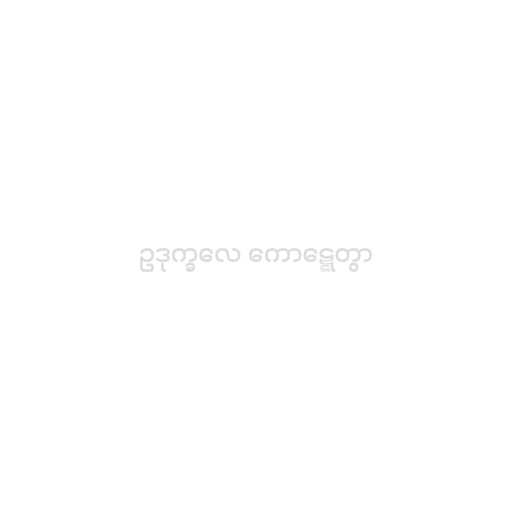
ဥဒုက္ခလေ ကောဋ္ဋေတွာ